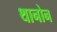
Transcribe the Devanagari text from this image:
थानोन